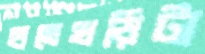
হাতেখড়িটা